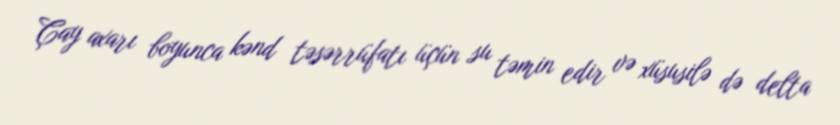
Çay axarı boyunca kənd təsərrüfatı üçün su təmin edir və xüsusilə də delta